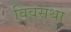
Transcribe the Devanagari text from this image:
विवसथा